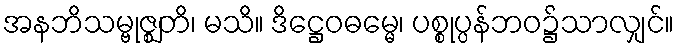
အနဘိသမ္ဗုဇ္ဈတိ၊ မသိ။ ဒိဋ္ဌေဝဓမ္မေ၊ ပစ္စုပ္ပန်ဘဝ၌သာလျှင်။